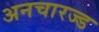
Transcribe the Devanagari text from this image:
अनचारज्ड